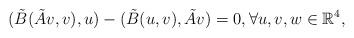
LaTeX: \begin{align*}(\tilde{B}(\tilde{A}v,v),u)-(\tilde{B}(u,v),\tilde{A}v)=0,\forall u,v,w \in \mathbb{R}^4,\end{align*}